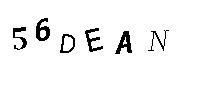
56DEAN